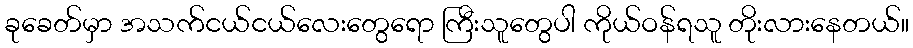
ခုခေတ်မှာ အသက်ငယ်ငယ်လေးတွေရော ကြီးသူတွေပါ ကိုယ်ဝန်ရသူ တိုးလားနေတယ်။